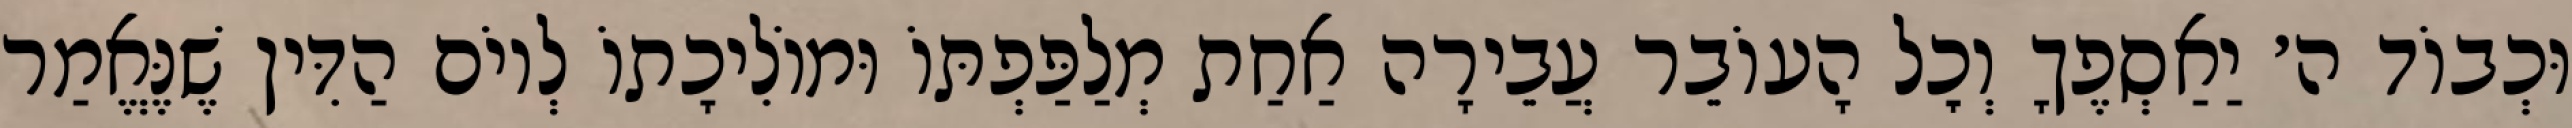
וּכְבוֹד ה׳ יַאַסְפֶךָ וְכׇל הָעוֹבֵר עֲבֵירָה אַחַת מְלַפַּפְתּוֹ וּמוֹלִיכָתוֹ לְיוֹם הַדִּין שֶׁנֶּאֱמַר